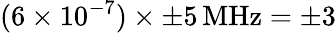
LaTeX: (6\times 10^{-7})\times\pm 5\, \mathrm{MHz}=\pm 3